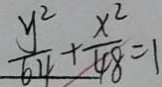
\frac { y ^ { 2 } } { 6 4 } + \frac { x ^ { 2 } } { 4 8 } = 1